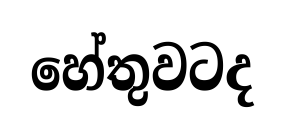
හේතුවටද